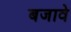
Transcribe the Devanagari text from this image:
बजावे